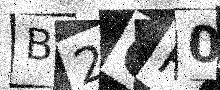
Text: B2CP0G